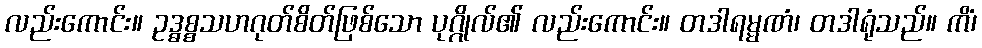
လည်းကောင်း။ ဥဒ္ဓစ္စသဟဂုတ်စိတ်ဖြစ်သော ပုဂ္ဂိုလ်၏ လည်းကောင်း။ တဒါရမ္မဏံ၊ တဒါရုံသည်။ ကိံ၊